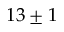
1 3 \pm 1